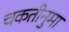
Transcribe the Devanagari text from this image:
चकतीनुमा